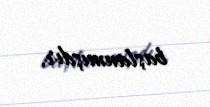
başlanmışdır.